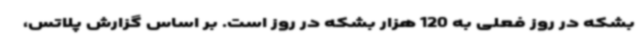
بشکه در روز فعلی به 120 هزار بشکه در روز است. بر اساس گزارش پلاتس،